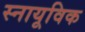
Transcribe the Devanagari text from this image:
स्नायूविक